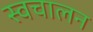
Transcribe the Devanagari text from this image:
स्‍वचालन